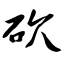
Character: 砍